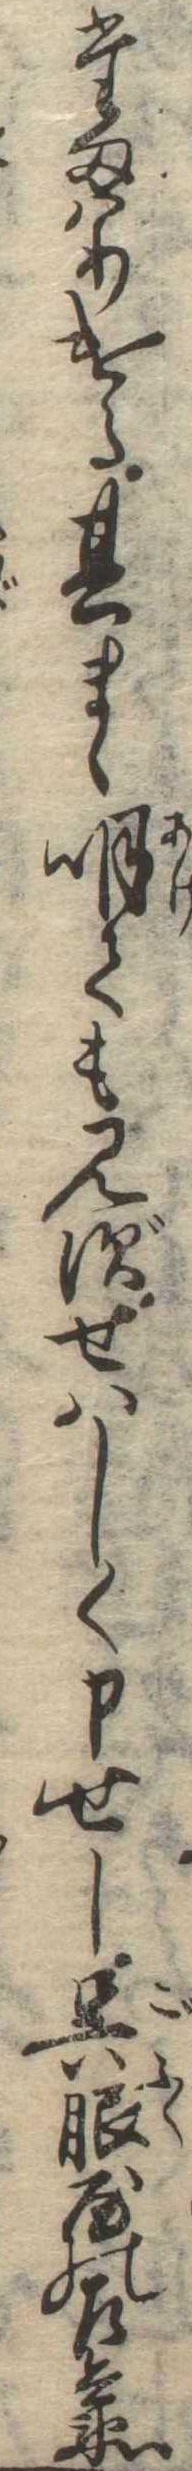
たまはりける其まゝ明ても見ずせはしく申せし呉服屋の左兵衛